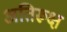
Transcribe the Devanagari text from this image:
अतिरूक्ष